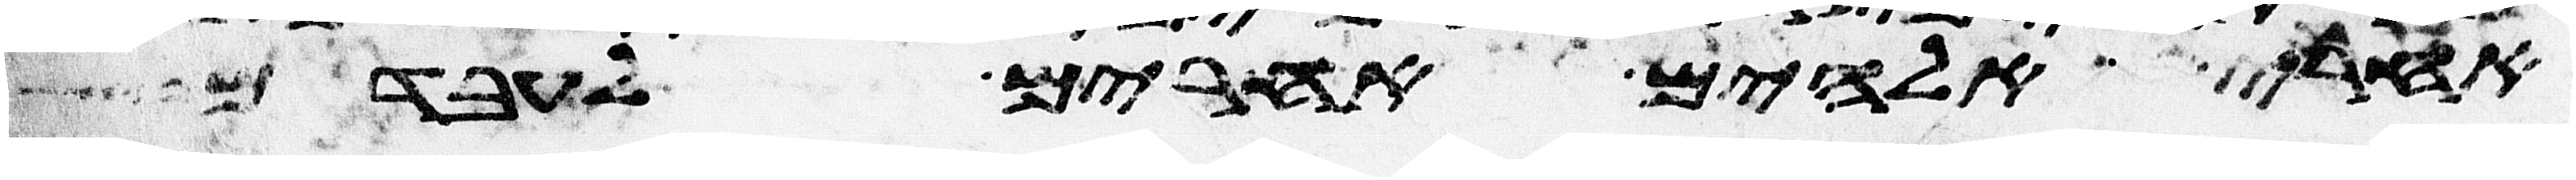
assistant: אחרי אלהים אחרים לעבדם